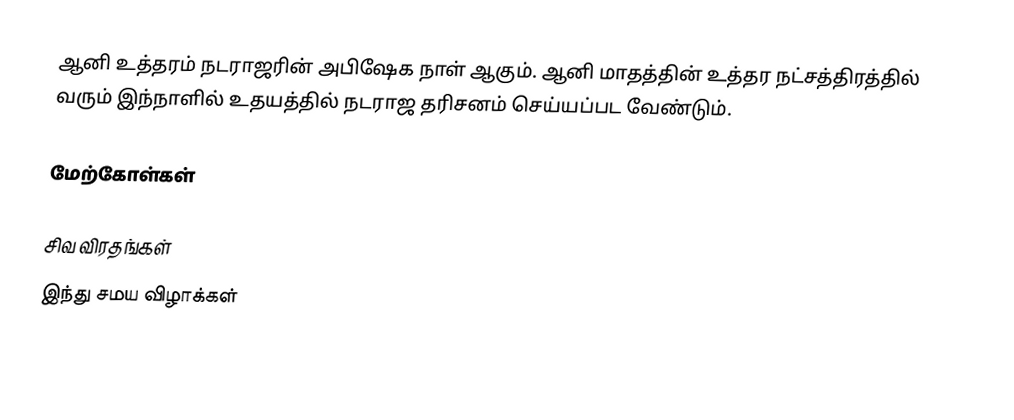
ஆனி உத்தரம் நடராஜரின் அபிஷேக நாள் ஆகும். ஆனி மாதத்தின் உத்தர நட்சத்திரத்தில் வரும் இந்நாளில் உதயத்தில் நடராஜ தரிசனம் செய்யப்பட வேண்டும்.

மேற்கோள்கள்

சிவ விரதங்கள்
இந்து சமய விழாக்கள்